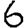
Digit: 6